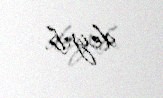
deyib.